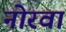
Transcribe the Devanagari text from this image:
नोरवा